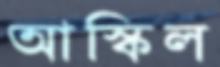
আস্কিল